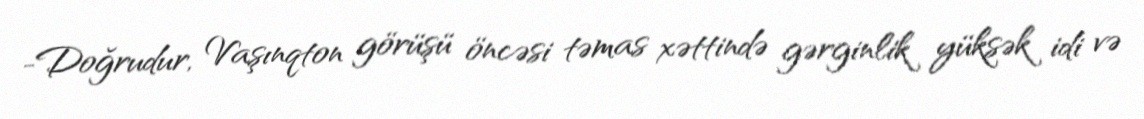
-Doğrudur, Vaşınqton görüşü öncəsi təmas xəttində gərginlik yüksək idi və